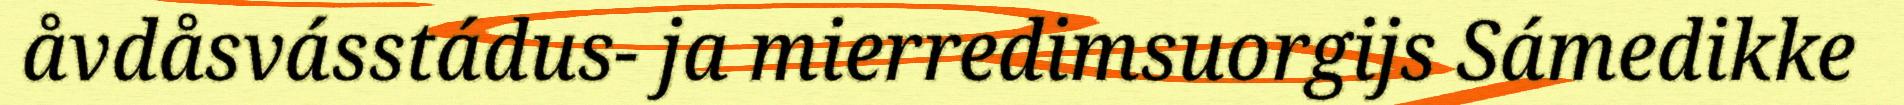
åvdåsvásstádus- ja mierredimsuorgijs Sámedikke